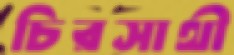
চিরসাথী